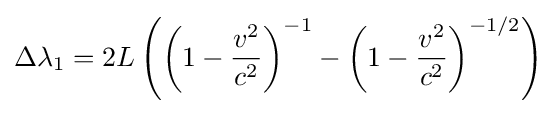
\Delta {\lambda }_{1}=2L\left(\left({1-{\frac {v^{2}}{c^{2}}}}\right)^{-1}-\left(1-{\frac {v^{2}}{c^{2}}}\right)^{-1/2}\right)